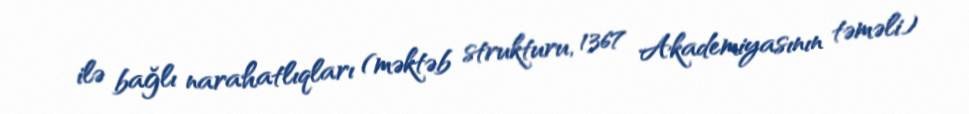
ilə bağlı narahatlıqları (məktəb strukturu, 1367 Akademiyasının təməli)